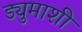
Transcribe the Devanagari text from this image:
ड्युमाशी